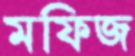
মফিজ